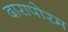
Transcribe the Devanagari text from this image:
दारापोरम